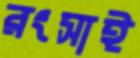
রংসাই